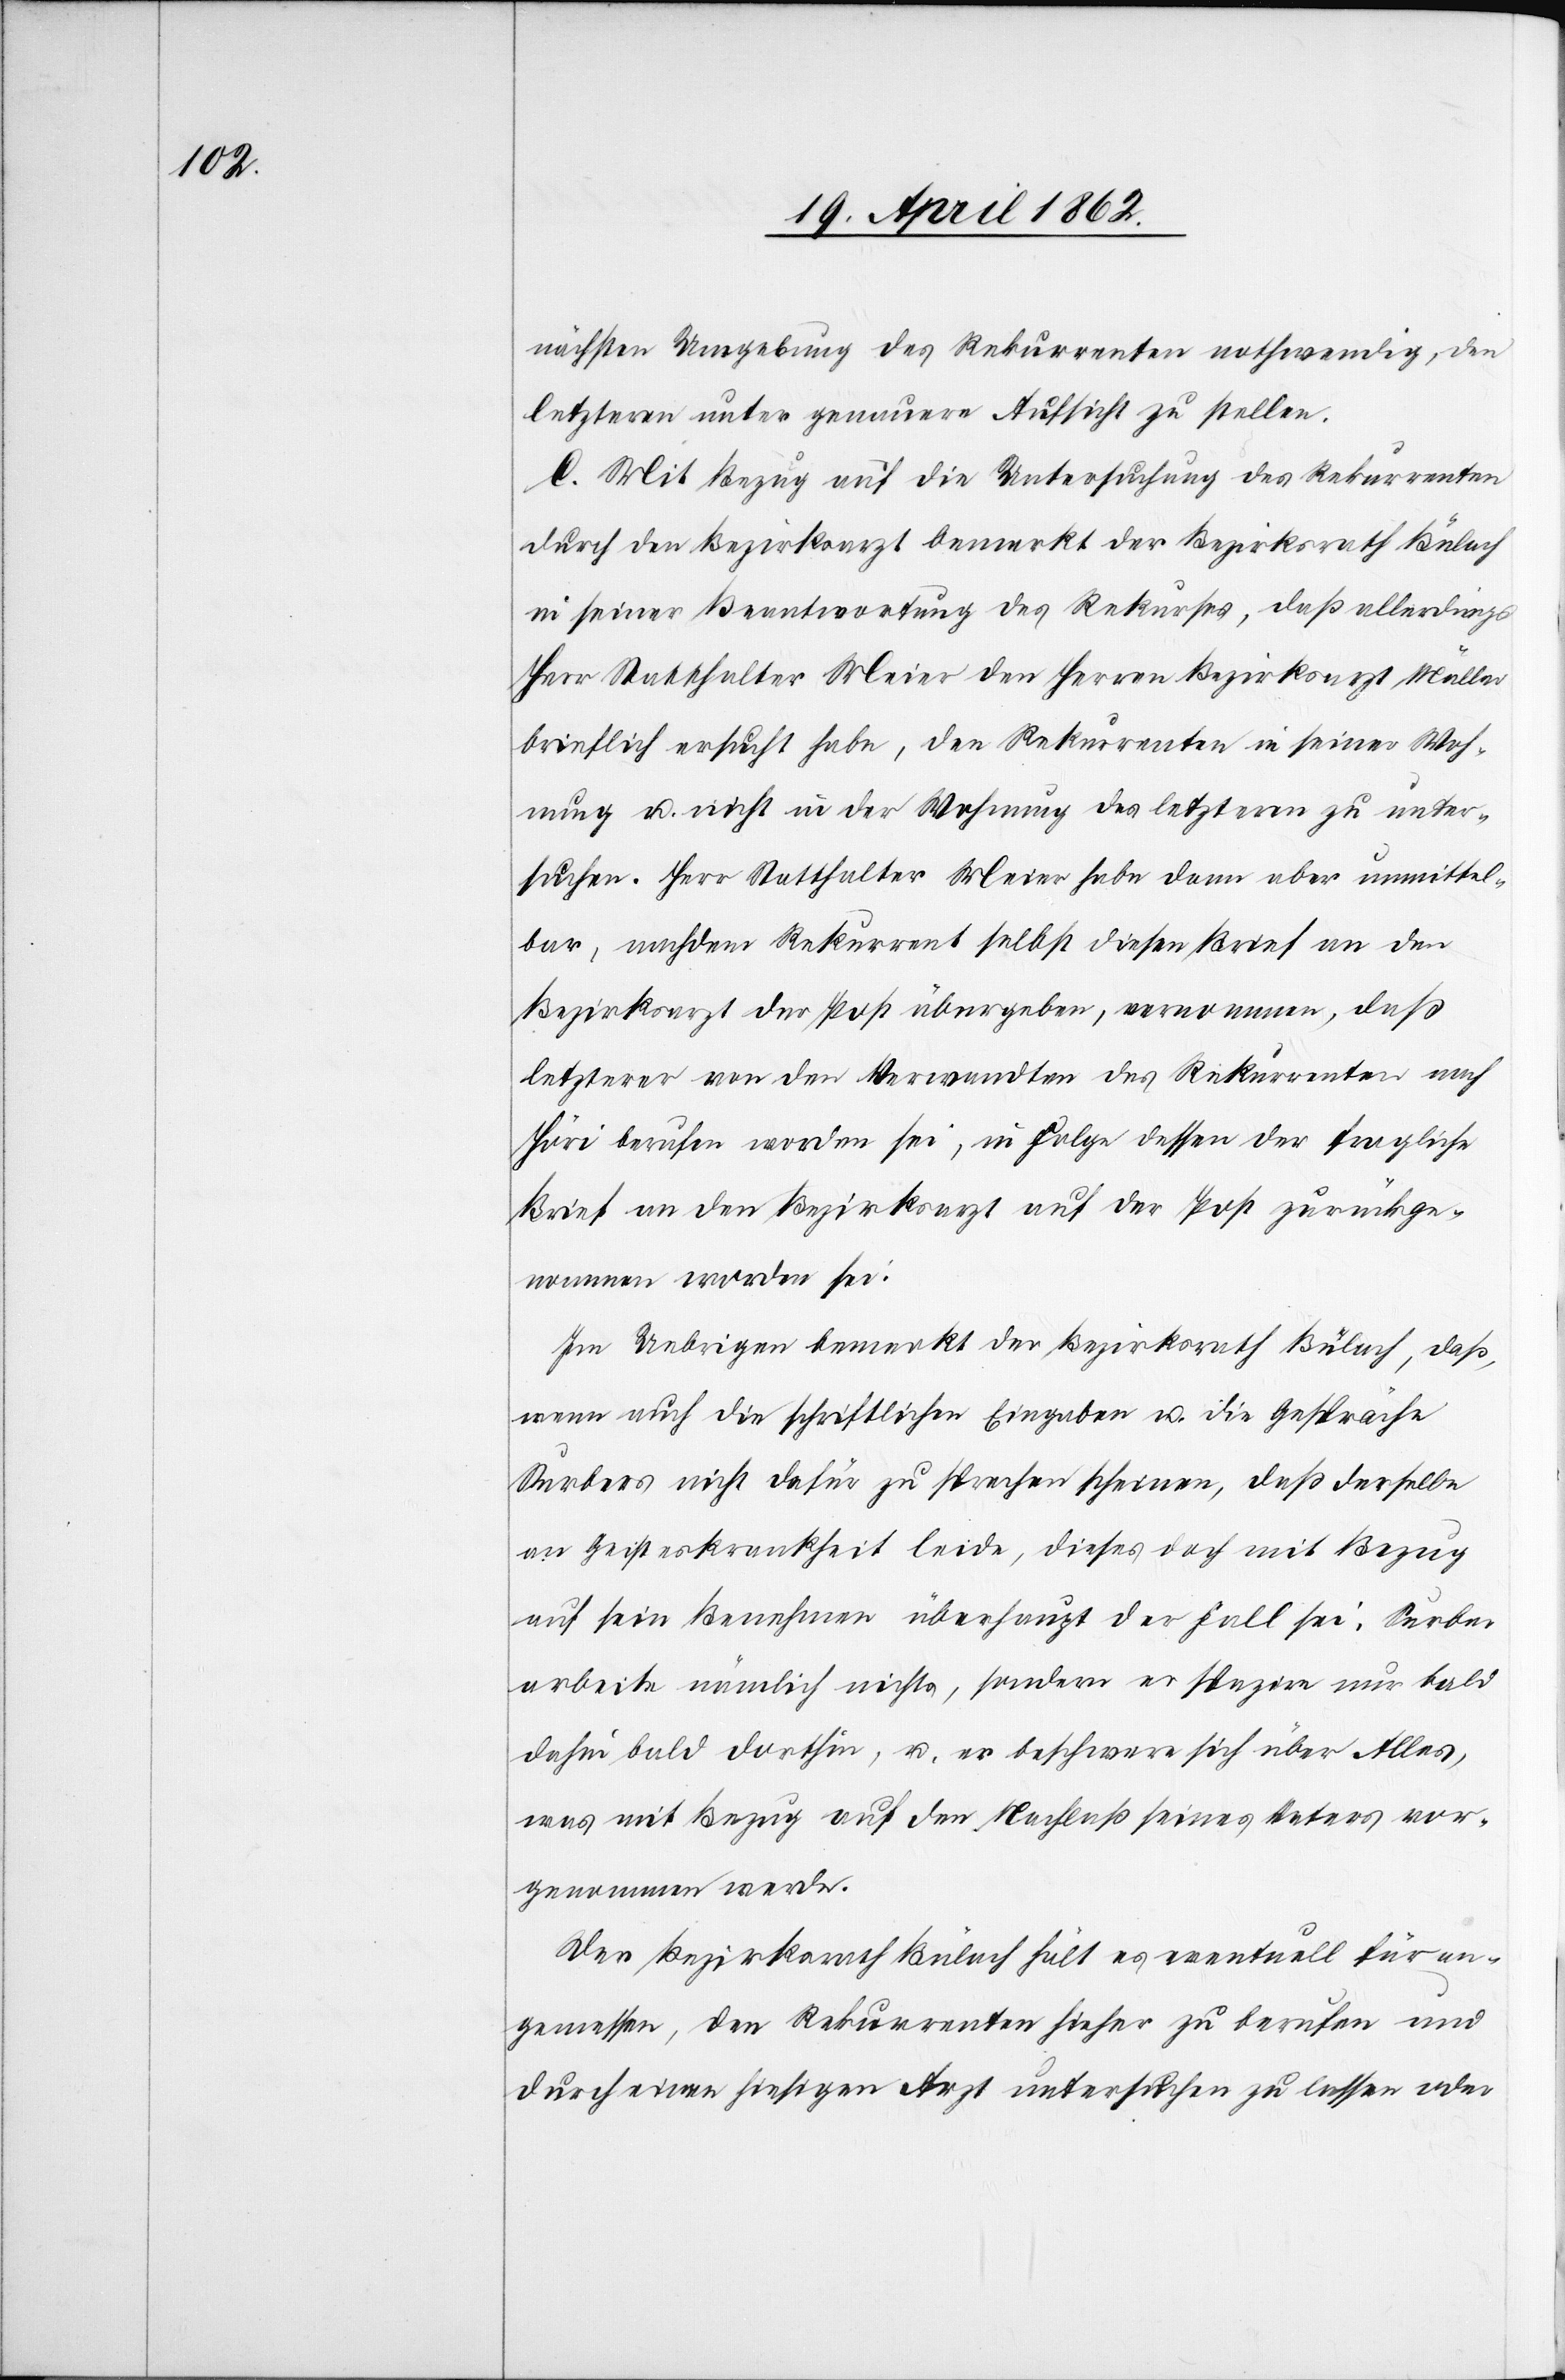
nächsten Umgebung des Rekurrenten nothwendig, den
letzteren unter genauere Aufsicht zu stellen.
C. Mit Bezug auf die Untersuchung des Rekurrenten
durch den Bezirksarzt bemerkt der Bezirksrath Bülach
in seiner Beantwortung des Rekurses, daß allerdings
Herr Statthalter Meier den Herrn Bezirksarzt Müller
brieflich ersucht habe, den Rekurrenten in seiner Woh¬
nung u. nicht in der Wohnung des letzteren zu unter¬
suchen. Herr Statthalter Meier habe dann aber unmittel¬
bar, nachdem Rekurrent selbst diesen Brief an den
Bezirksarzt der Post übergeben, vernommen, daß
letzterer von den Verwandten des Rekurrenten nach
Höri berufen worden sei, in Folge dessen der fragliche
Brief an den Bezirksarzt auf der Post zurückge¬
nommen worden sei.
Im Uebrigen bemerkt der Bezirksrath Bülach, daß,
wenn auch die schriftlichen Eingaben u. die Gespräche
Surbers nicht dafür zu sprechen scheinen, daß derselbe
an Geisteskrankheit leide, dieses doch mit Bezug
auf sein Benehmen überhaupt der Fall sei. Surber
arbeite nämlich nichts, sondern er spazire nur bald
dahin bald dorthin, u. er beschwere sich über Alles,
was mit Bezug auf den Beschluß seines Vaters vor¬
genommen werde.
Der Bezirksrath Bülach hält es eventuell für an¬
gemessen, den Rekurrenten hieher zu berufen und
durch einen hiesigen Arzt untersuchen zu lassen oder